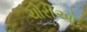
ચોરીઓ